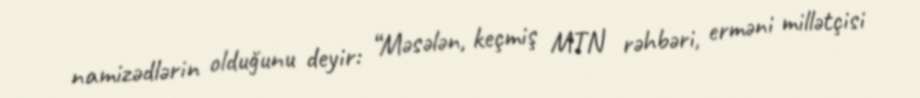
namizədlərin olduğunu deyir: “Məsələn, keçmiş MTN rəhbəri, erməni millətçisi